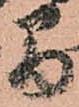
間